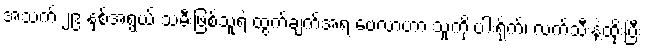
အသက် ၂၉ နှစ်အရွယ် သမီးဖြစ်သူရဲ့ ထွက်ချက်အရ ဗေလာဟာ သူ့ကို ပါးရိုက်၊ လက်သီးနဲ့ထိုးပြီး